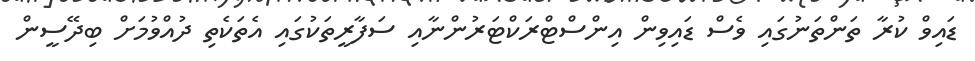
ޑައިވް ކުރާ ތަންތަނުގައި ވެސް ޑައިވިން އިންސްޓްރަކްޓަރުންނާއި ސަފާރީތަކުގައި އެތަކެތި ދުއްވުމަށް ބިދޭސީން